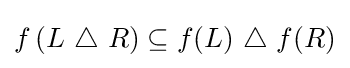
f\left(L~\triangle ~R\right)\subseteq f(L)~\triangle ~f(R)